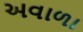
અવાળા